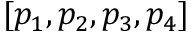
[ p _ { 1 } , p _ { 2 } , p _ { 3 } , p _ { 4 } ]